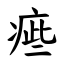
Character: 㾚